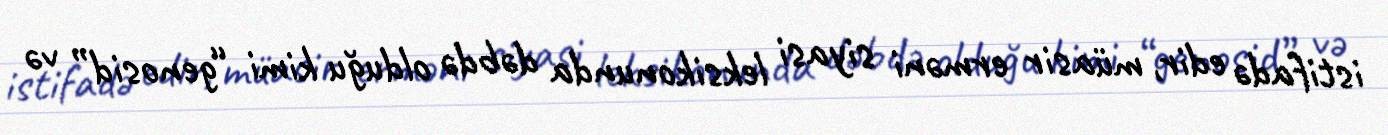
istifadə edir, müasir erməni siyasi leksikonunda dəbdə olduğu kimi “genosid” və